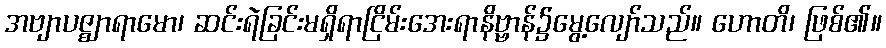
အဗျာပဇ္ဈာရာမော၊ ဆင်းရဲခြင်းမရှိရာငြိမ်းအေးရာနိဗ္ဗာန်၌မွေ့လျော်သည်။ ဟောတိ၊ ဖြစ်၏။